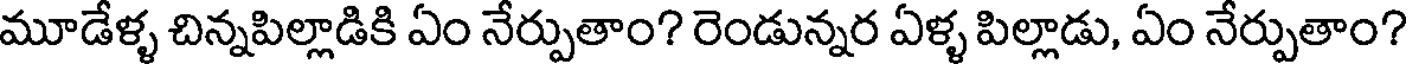
మూడేళ్ళ చిన్నపిల్లాడికి ఏం నేర్పుతాం? రెండున్నర ఏళ్ళ పిల్లాడు, ఏం నేర్పుతాం?